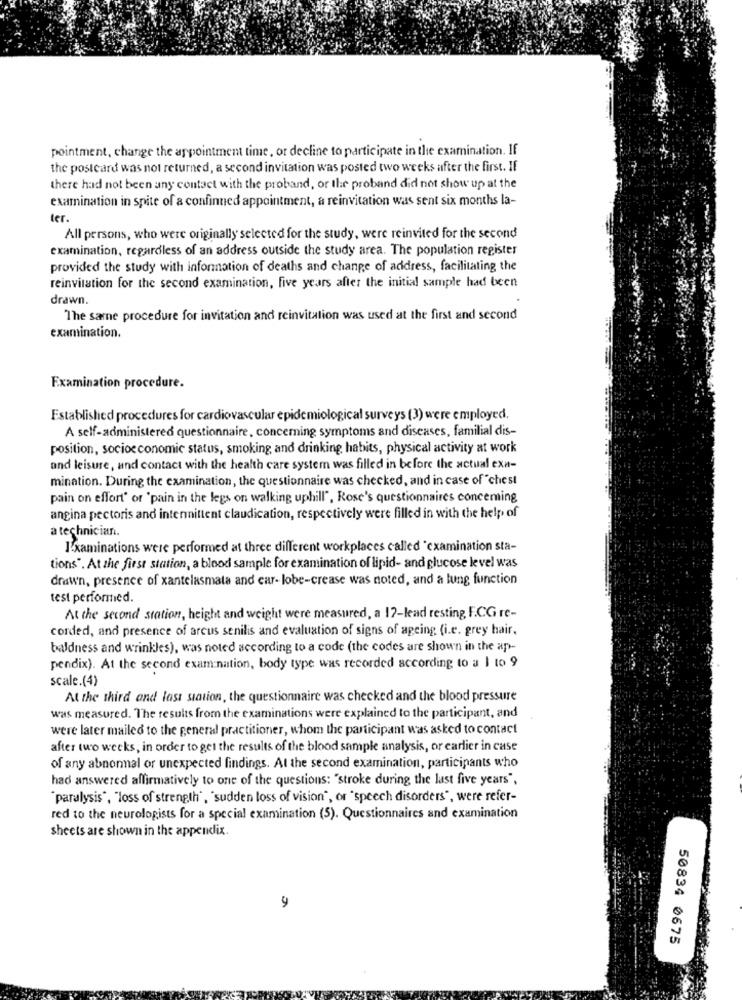
pointment, change the appointment time, or decline to participate in the examination. If
the postcard was not returned, a second invitation was posted two weeks after the first. If
there had not been any contact with the proband, or the proband did not show up at the
examination in spite of a confinned appointment, a reinvitation was sent six months la-
ter.
All persons, who were originally selected for the study, were reinvited for the second
examination, regardless of an address outside the study area. The population register
provided the study with information of deaths and change of address, facilitating the
reinvitation for the second examination, five years after the initial sample had been
drawn.
The same procedure for invitation and reinvitation was used at the first and second
examination.
Examination procedure.
Established procedures for cardiovascular epidemiological surveys (3) were employed.
A self-administered questionnaire, concerning symptoms and diseases, familial dis-
position, socioeconomic status, smoking and drinking habits, physical activity at work
and leisure, and contact with the health care system was filled in before the actual exa-
mination. During the examination, the questionnaire was checked, and in case of "chest
pain on effort' or 'pain in the legs on walking uphill", Rose's questionnaires conceming
angina pectoris and intennittent claudication, respectively were filled in with the help of
a technician.
I.xaminations were performed at three different workplaces called "cxamination sta-
tions". At the first station, a blood sample for examination of lipid- and glucose level was
drawn, presence of xantelasmata and car- lobe-crease was noted, and a lung function
test performed.
At the second station, height and weight were measured, a 17-lead resting F.CG re-
corded, and presence of arcus senilis and evaluation of signs of ageing (i.e. grey hair.
baldness and wrinkles), was noted according to a code (the codes are shown in the ap-
pendix). At the second examination, body type was recorded according to a I to 9
scale.(4)
At the third and last station, the questionnaire was checked and the blood pressure
was measured. The results from the examinations were explained to the participant, and
were later mailed to the general practitioner, whom the participant was asked to contact
after two weeks, in order to get the results of the blood sample analysis, or earlier in case
of any abnormal or unexpected findings. At the second examination, participants who
had answered affirmatively to one of the questions: "stroke during the last five years",
"paralysis", "loss of strength", "sudden loss of vision", or "speech disorders", were refer-
red to the neurologists for a special examination (5). Questionnaires and examination
sheets are shown in the appendix.
9
50834 0675